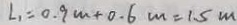
L _ { 1 } = 0 . 9 m + 0 . 6 m = 1 . 5 m